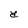
Character: Y